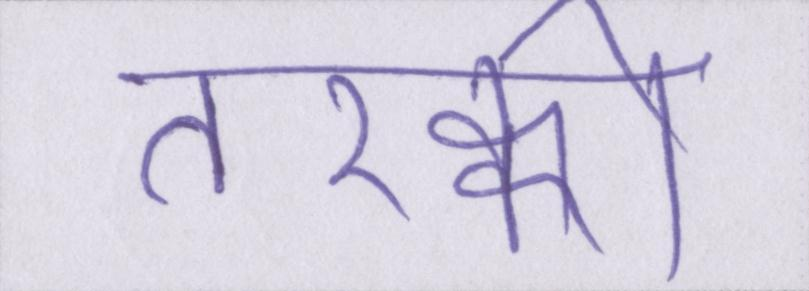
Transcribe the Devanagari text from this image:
तरक्की